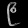
Digit: ၉